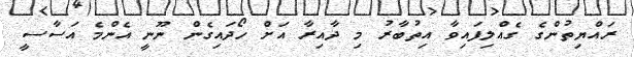
ރައްޔިތުންގެ ގެއްލިފައިވާ އިތުބާރު މި ދާއިރާ އަށް ހޯދައިގެން ނޫނީ އެންމެ އަސާސީ